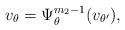
LaTeX: \begin{align*} v_{\theta}=\Psi^{m_2-1}_{\theta}(v_{\theta'}),\end{align*}